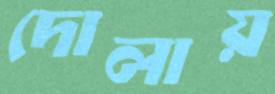
দোলায়